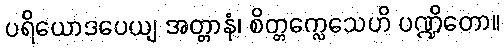
ပရိယောဒပေယျ အတ္တာနံ၊ စိတ္တက္လေသေဟိ ပဏ္ဍိတော။